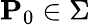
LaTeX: \mathbf{P}_{0}\in\Sigma